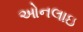
ઓનલાઇ